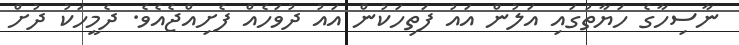
ނާސިހާގެ ހަޔާތުގައި އަލުން އައު ފަތިހަކުން އައު ދުވަހެއް ފެށިއްޖެއެވެ. ދެމީހަކު ދުށް